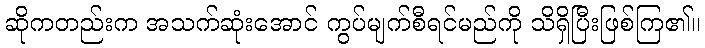
ဆိုကတည်းက အသက်ဆုံးအောင် ကွပ်မျက်စီရင်မည်ကို သိရှိပြီးဖြစ်ကြ၏။